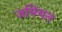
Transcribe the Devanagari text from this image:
जमियत